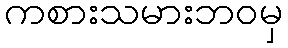
ကစားသမားဘဝမှ